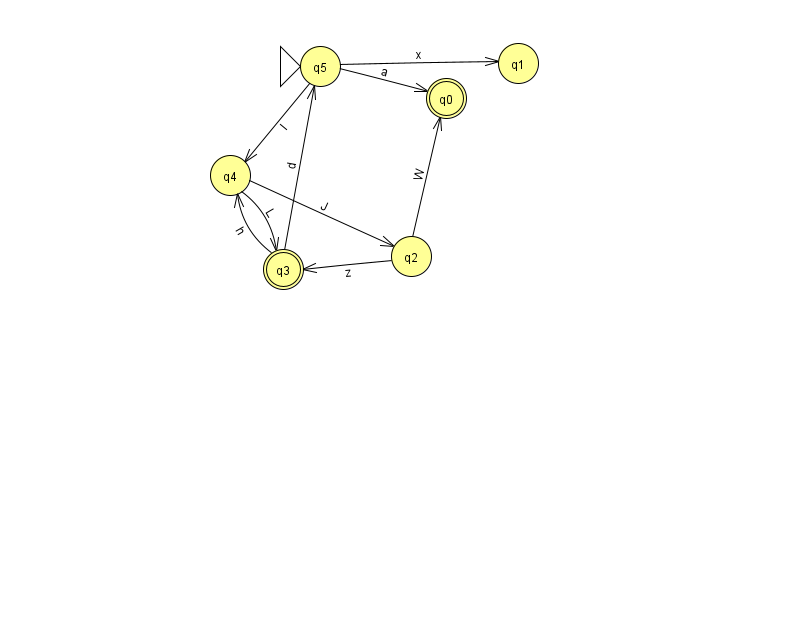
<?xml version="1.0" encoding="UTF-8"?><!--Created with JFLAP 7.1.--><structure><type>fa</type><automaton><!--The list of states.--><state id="0" name="q0"><x>446.0</x><y>85.0</y><final/></state><state id="1" name="q1"><x>518.0</x><y>50.0</y></state><state id="2" name="q2"><x>411.0</x><y>243.0</y></state><state id="3" name="q3"><x>283.0</x><y>256.0</y><final/></state><state id="4" name="q4"><x>230.0</x><y>162.0</y></state><state id="5" name="q5"><x>320.0</x><y>53.0</y><initial/></state><!--The list of transitions.--><transition><from>5</from><to>1</to><read>x</read></transition><transition><from>3</from><to>5</to><read>d</read></transition><transition><from>2</from><to>3</to><read>z</read></transition><transition><from>4</from><to>3</to><read>L</read></transition><transition><from>2</from><to>0</to><read>W</read></transition><transition><from>5</from><to>4</to><read>l</read></transition><transition><from>4</from><to>2</to><read>J</read></transition><transition><from>5</from><to>0</to><read>a</read></transition><transition><from>3</from><to>4</to><read>h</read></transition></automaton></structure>